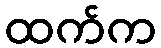
ထက်က